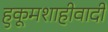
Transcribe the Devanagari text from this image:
हुकूमशाहीवादी